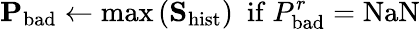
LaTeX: \mathbf{P}_{\mathrm{bad}}\leftarrow\mathrm{max}\left(\mathbf{S}_{\mathrm{hist}}\right)\ \ \mathrm{if}\ P_{\mathrm{bad}}^{r}=\mathrm{NaN}